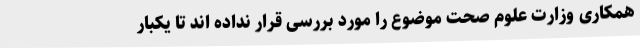
همکاری وزارت علوم صحت موضوع را مورد بررسی قرار نداده اند تا یکبار